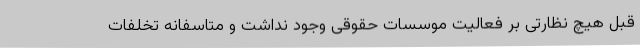
قبل هیچ نظارتی بر فعالیت موسسات حقوقی وجود نداشت و متاسفانه تخلفات